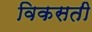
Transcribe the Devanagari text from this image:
विकसती